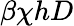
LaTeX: \beta\chi hD